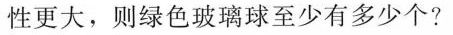
性更大，则绿色玻璃球至少有多少个?